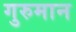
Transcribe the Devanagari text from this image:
गुरुमान